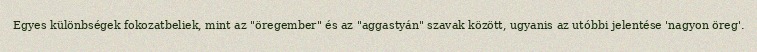
Egyes különbségek fokozatbeliek, mint az "öregember" és az "aggastyán" szavak között, ugyanis az utóbbi jelentése 'nagyon öreg'.